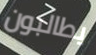
يطالبون